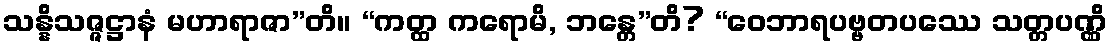
သန္နိသဇ္ဇဋ္ဌာနံ မဟာရာဇာ”တိ။ “ကတ္ထ ကရောမိ, ဘန္တေ”တိ? “ဝေဘာရပဗ္ဗတပဿေ သတ္တပဏ္ဏိ